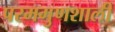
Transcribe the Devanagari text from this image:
परमगुणशाली